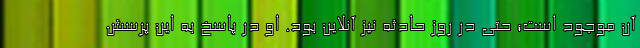
آن موجود است؛ حتی در روز حادثه نیز آنلاین بود. او در پاسخ به این پرسش